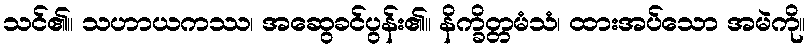
သင်၏။ သဟာယကဿ၊ အဆွေခင်ပွန်း၏။ နိက္ခိတ္တမံသံ၊ ထားအပ်သော အမဲကို။